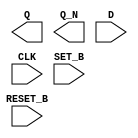
module sky130_fd_sc_ms__dfbbp (
    Q      ,
    Q_N    ,
    D      ,
    CLK    ,
    SET_B  ,
    RESET_B
);

    output Q      ;
    output Q_N    ;
    input  D      ;
    input  CLK    ;
    input  SET_B  ;
    input  RESET_B;

    // Voltage supply signals
    supply1 VPWR;
    supply0 VGND;
    supply1 VPB ;
    supply0 VNB ;

endmodule